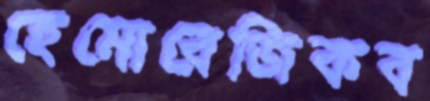
হেমোরেজিকব